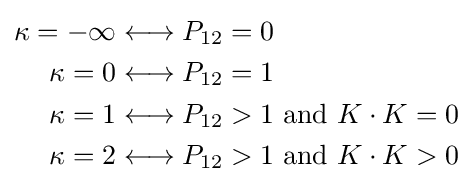
{\begin{aligned}\kappa =-\infty &\longleftrightarrow P_{12}=0\\\kappa =0&\longleftrightarrow P_{12}=1\\\kappa =1&\longleftrightarrow P_{12}>1{\text{ and }}K\cdot K=0\\\kappa =2&\longleftrightarrow P_{12}>1{\text{ and }}K\cdot K>0\\\end{aligned}}